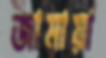
জামায়া